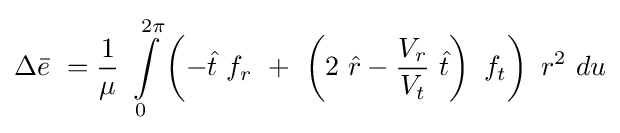
\Delta {\bar {e}}\ ={\frac {1}{\mu }}\ \int \limits _{0}^{2\pi }\left(-{\hat {t}}\ f_{r}\ +\ \left(2\ {\hat {r}}-{\frac {V_{r}}{V_{t}}}\ {\hat {t}}\right)\ f_{t}\right)\ r^{2}\ du